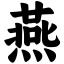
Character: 燕